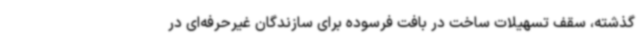
گذشته، سقف تسهیلات ساخت در بافت فرسوده برای سازندگان غیرحرفه‌ای در